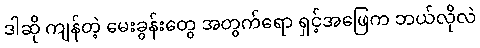
ဒါဆို ကျန်တဲ့ မေးခွန်းတွေ အတွက်ရော ရှင့်အဖြေက ဘယ်လိုလဲ